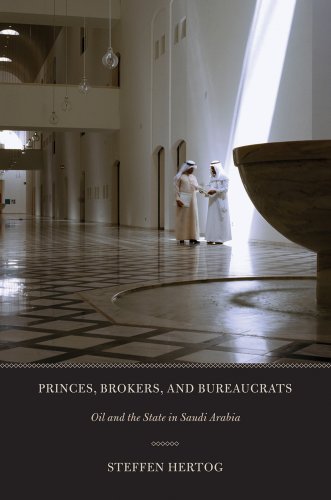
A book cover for Princes, Brokers, and Bureaucrats: Oil and the State in Saudi Arabia; Steffen Hertog; History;